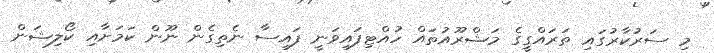
މި ސަރުކާރުގައި ތަރައްގީގެ މަޝްރޫއުތައް ހުއްޓިފައިވަނީ ފައިސާ ނެތިގެން ނޫން ކަމަށާއި ކޯލިޝަން